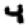
Digit: 4